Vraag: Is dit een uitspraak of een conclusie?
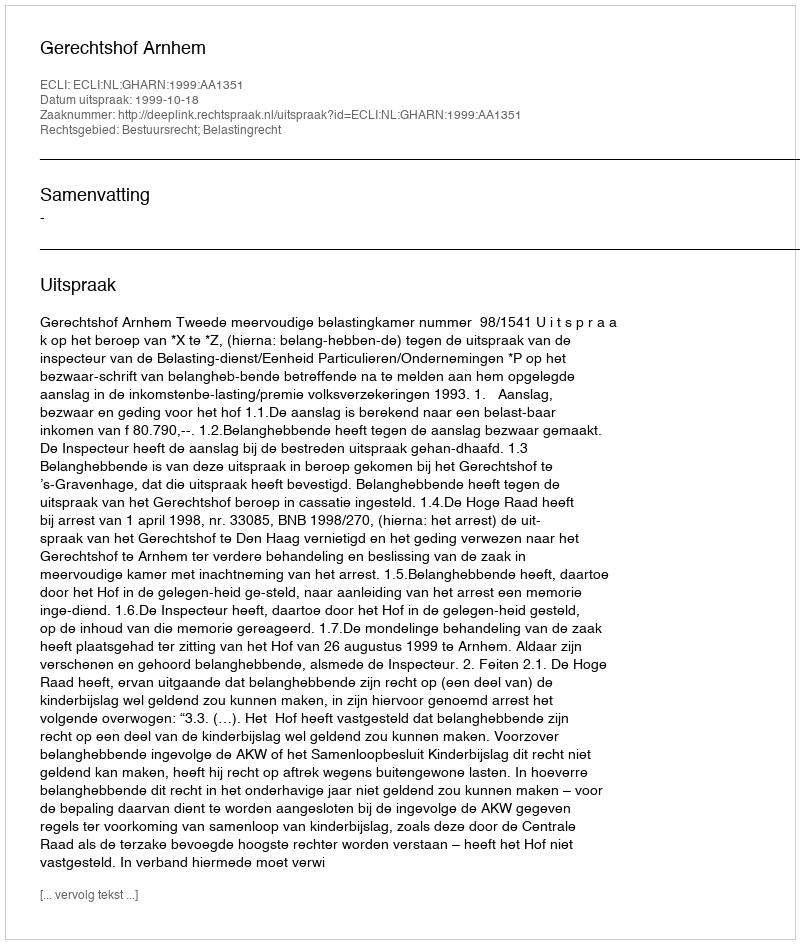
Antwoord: Uitspraak